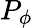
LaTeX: P_{\phi}